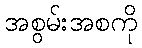
အစွမ်းအစကို